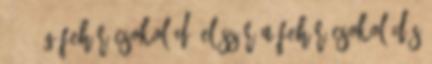
- 150 g fehér csokoládé Először a fehér csokoládés